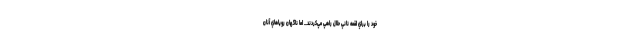
خود را براي لقمه ناني حلال راهي مي‌كردند... اما ناگهان روياهاي آنان